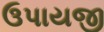
ઉપાયજી